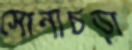
সোনাচড়া